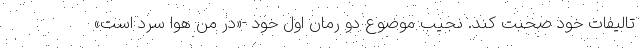
تالیفات خود صحبت کند. نجیب موضوع دو رمان اول خود -«در من هوا سرد است»